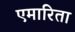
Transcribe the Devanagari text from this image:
एमारिता